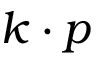
k \cdot p